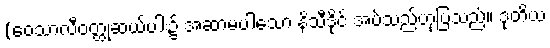
(ဝေသာလီဝတ္ထုဆယ်ပါး၌ အဆာမပါသော နိသီဒိုင် အပ်သည်ဟုပြသည်။ ဒုတိယ